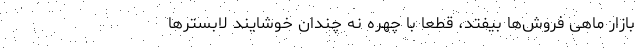
بازار ماهی فروش‌ها بیفتد، قطعا با چهره نه چندان خوشایند لابسترها